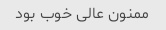
ممنون عالی خوب بود